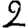
Digit: 2